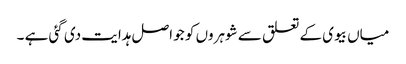
میاں بیوی کے تعلق سے شوہروں کو جو اصل ہدایت دی گئی ہے ۔